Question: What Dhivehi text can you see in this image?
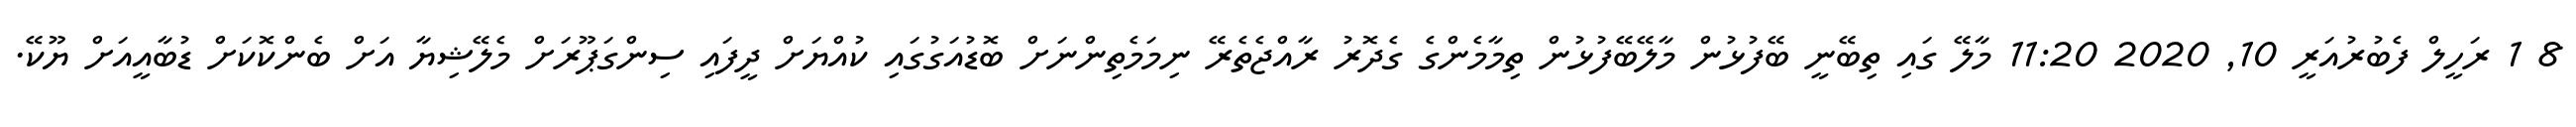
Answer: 8 1 ރަހީލް ފެބުރުއަރީ 10, 2020 11:20 މާލޭ ގައި ތިބޭނީ ބޭފުޅުން މާލޭބޭފުޅުން ތިމާމެންގެ ގެދޮރު ރާއްޖެތެރޭ ނިމަމެތިންނަށް ބޮޑުއަގުގައި ކުއްޔަށް ދީފައި ސިންގަޕޫރަށް މެލޭޝިޔާ އަށް ބެންކޮކަށް ޑުބާއީއަށް ޔޫކޭ.